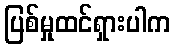
ပြစ်မှုထင်ရှားပါက